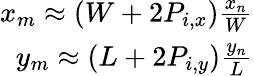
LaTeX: \begin{array}{r}{x_{m}\approx(W+2P_{i,x})\frac{x_{n}}{W}}\\ {y_{m}\approx(L+2P_{i,y})\frac{y_{n}}{L}}\end{array}